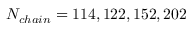
N _ { c h a i n } = 1 1 4 , 1 2 2 , 1 5 2 , 2 0 2